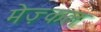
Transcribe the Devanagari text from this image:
मेज़्कल